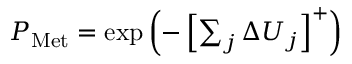
\begin{array} { r } { P _ { \mathrm { M e t } } = \exp \left( - \left[ \sum _ { j } \Delta U _ { j } \right] ^ { + } \right) } \end{array}